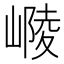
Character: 𡻴